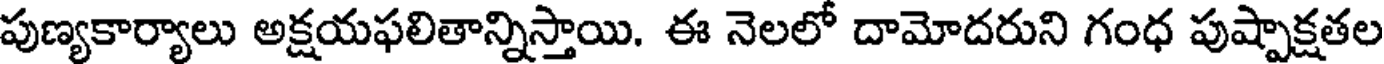
పుణ్యకార్యాలు అక్షయఫలితాన్నిస్తాయి. ఈ నెలలో దామోదరుని గంధ పుష్పాక్షతల